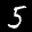
Label: 5